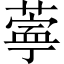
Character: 𬞊